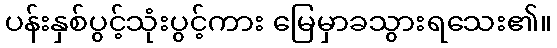
ပန်းနှစ်ပွင့်သုံးပွင့်ကား မြေမှာခသွားရသေး၏။